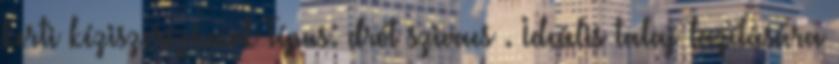
kerti kéziszerszámok Típus: drót szivacs . Ideális talaj lazítására